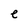
Character: e